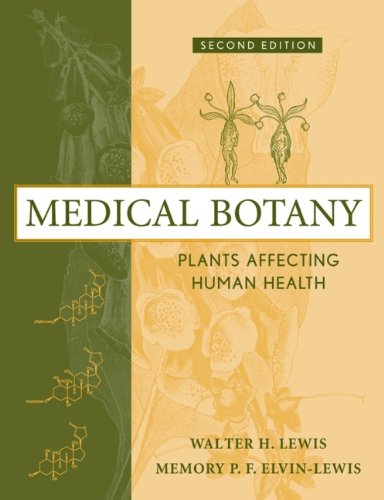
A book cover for Medical Botany: Plants Affecting Human Health; Walter Hepworth Lewis; Health, Fitness & Dieting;